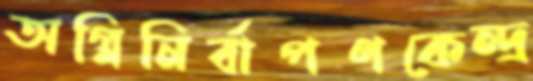
অগ্নিনির্বাপণকেন্দ্র